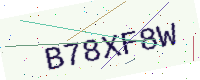
Text: B78XF8W